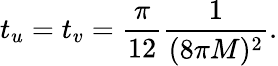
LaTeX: t_{u}=t_{v}={\frac{\pi}{12}}{\frac{1}{(8\pi M)^{2}}}.